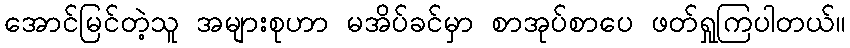
အောင်မြင်တဲ့သူ အများစုဟာ မအိပ်ခင်မှာ စာအုပ်စာပေ ဖတ်ရှုကြပါတယ်။